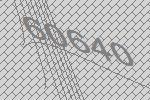
60640